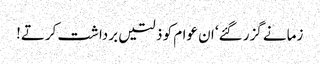
زمانے گزر گئے‘ ان عوام کو ذلتیں برداشت کرتے!